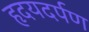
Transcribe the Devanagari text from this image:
हृदयदर्पण